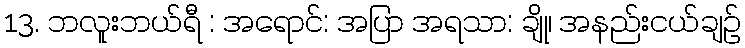
13. ဘလူးဘယ်ရီ : အရောင်: အပြာ အရသာ: ချို၊ အနည်းငယ်ချဉ်